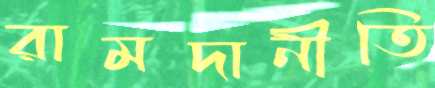
রামদানীতি